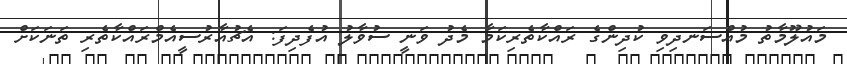
މައުލޫމާތު މުއްސަނދިވި ކުދިންގެ ރައްކާތެރިކަމާ މެދު ވަނީ ސުވާލު އުފެދިފަ: އެޗުއާރުސީއެމްރައްކާތެރި ތަނަކަށް